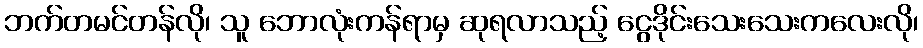
ဘက်တမင်တန်လို၊ သူ ဘောလုံးကန်ရာမှ ဆုရလာသည့် ငွေဒိုင်းသေးသေးကလေးလို၊